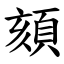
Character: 頦